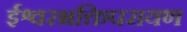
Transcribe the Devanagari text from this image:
ईश्वरभक्तिपरायण